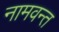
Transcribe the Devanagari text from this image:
नामवन्त